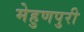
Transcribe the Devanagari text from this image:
मेहुणपुरी